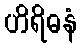
ဟိရိဓနံ